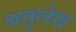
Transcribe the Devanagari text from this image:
श्रतुलेख